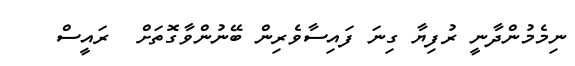
ނިމެމުންދާނީ ރުފިޔާ ގިނަ ފައިސާވެރިން ބޭނުންވާގޮތަށް  ރައީސް